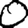
Digit: 0